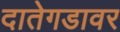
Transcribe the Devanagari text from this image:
दातेगडावर